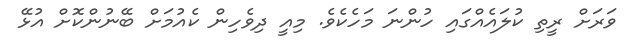
ވަރަށް ރީތި ކުލައެއްގައި ހުންނަ މަހެކެވެ. މިއީ ދިވެހިން ކެއުމަށް ބޭނުންކޮށް އުޅޭ